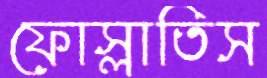
ফোস্‌লাতিস